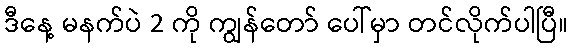
ဒီနေ့ မနက်ပဲ 2 ကို ကျွန်တော် ပေါ်မှာ တင်လိုက်ပါပြီ။